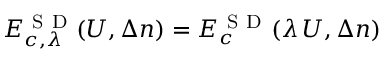
E _ { c , \lambda } ^ { \mathrm { ~ S ~ D ~ } } ( U , \Delta n ) = E _ { c } ^ { \mathrm { ~ S ~ D ~ } } ( \lambda \, U , \Delta n )